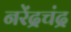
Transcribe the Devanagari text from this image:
नरेंद्रचंद्र